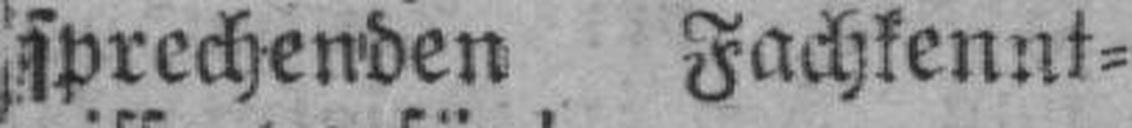
sprechenden Fachkennt¬